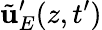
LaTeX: \tilde{\mathbf{u}}_{E}^{\prime}(z,t^{\prime})